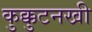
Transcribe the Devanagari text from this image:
कुक्कुटनखी